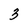
Character: 3